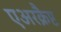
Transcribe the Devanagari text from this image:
एअरक्रैप्ट